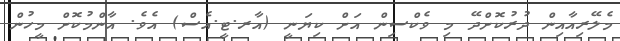
މެލޭރިއާއިން ދުރުކޮށްދޭ މި ވެކްސިން އަށް ކިޔަނީ (އާރ.ޓީ.އެސް) އެވެ. އާންމުކޮށް މީހުން